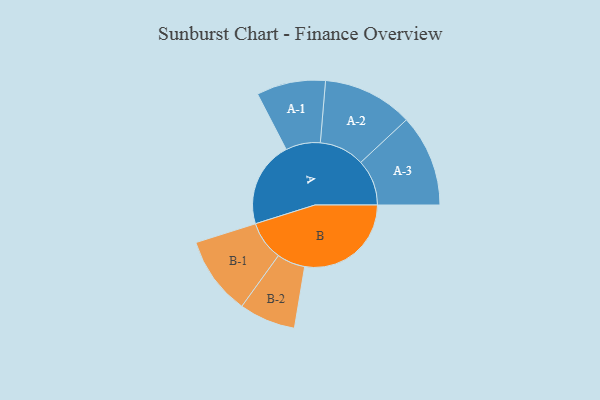
{"axis": {"x": "Segment", "y": "Value"}, "legend": ["", "A", "B"], "data": [{"x": "A", "y": 380, "type": ""}, {"x": "B", "y": 472, "type": ""}, {"x": "A-1", "y": 153, "type": "A"}, {"x": "A-2", "y": 200, "type": "A"}, {"x": "A-3", "y": 204, "type": "A"}, {"x": "B-1", "y": 174, "type": "B"}, {"x": "B-2", "y": 125, "type": "B"}]}